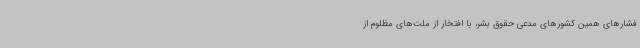
فشارهای همین کشورهای مدعی حقوق بشر، با افتخار از ملت‌های مظلوم از